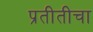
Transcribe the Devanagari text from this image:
प्रतीतीचा